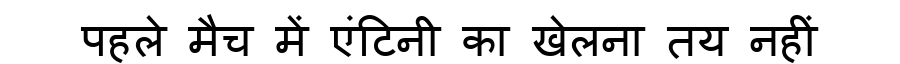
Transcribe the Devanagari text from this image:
पहले मैच में एंटिनी का खेलना तय नहीं